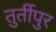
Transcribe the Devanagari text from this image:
तुर्तीपुर